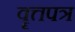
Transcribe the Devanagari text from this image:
वॄत्तपत्र